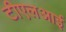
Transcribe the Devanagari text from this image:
टीएलआई